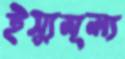
ইস্যুমূল্য